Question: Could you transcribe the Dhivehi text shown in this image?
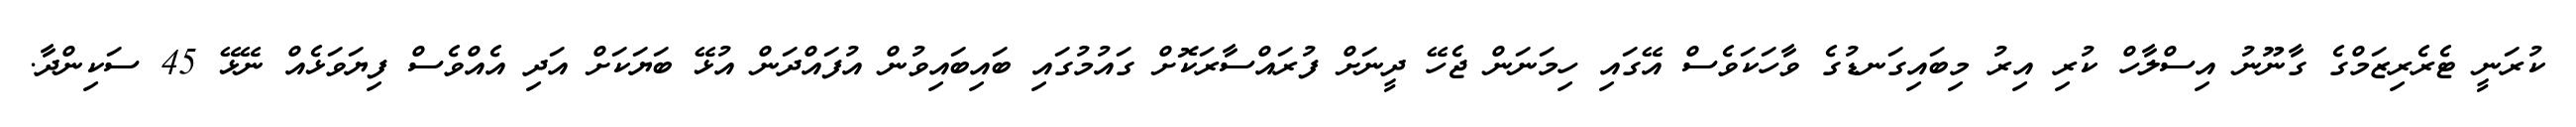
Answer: ކުރަނީ ޓެރެރިޒަމްގެ ގާނޫނު އިސްލާހް ކުރި އިރު މިބައިގަނޑުގެ ވާހަކަވެސް އޭގައި ހިމަނަން ޖެހޭ ދީނަށް ފުރައްސާރަކޮށް ގައުމުގައި ބައިބައިވުން އުފައްދަން އުޅޭ ބަޔަކަށް އަދި އެއްވެސް ފިޔަވަޅެއް ނޭޅޭ 45 ސަކިންދާ.